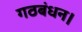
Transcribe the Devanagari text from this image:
गठबंधन।